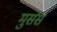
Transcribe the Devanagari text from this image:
मुसेस